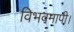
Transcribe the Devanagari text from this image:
विभवमापी।